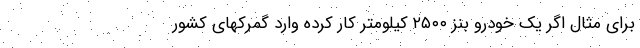
برای مثال اگر یک خودرو بنز ۲۵۰۰ کیلومتر کار کرده وارد گمرکهای کشور